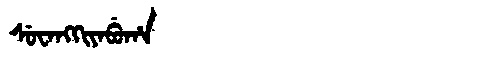
Manchu: ᠰᡠᠸᠠᠩᡴᡳᠶᠠᠪᡠᡥᠠ
Romanization: SUWANGKIYABUHA